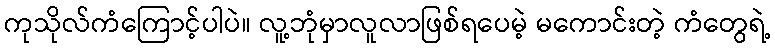
ကုသိုလ်ကံကြောင့်ပါပဲ။ လူ့ဘုံမှာလူလာဖြစ်ရပေမဲ့ မကောင်းတဲ့ ကံတွေရဲ့